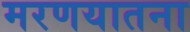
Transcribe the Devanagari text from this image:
मरणयातना